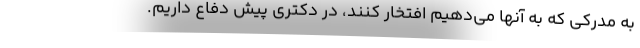
به مدرکی که به آنها می‌دهیم افتخار کنند، در دکتری پیش دفاع داریم.